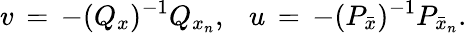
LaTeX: v\, =\, -(Q_{x})^{-1}Q_{x_{n}},\ \ \ u\, =\, -(P_{\bar{x}})^{-1}P_{\bar{x}_{n}}.